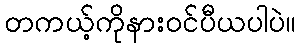
တကယ့်ကိုနားဝင်ပီယပါပဲ။